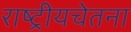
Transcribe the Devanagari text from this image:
राष्ट्रीयचेतना